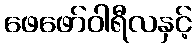
ဖေဖော်ဝါရီလနှင့်